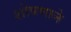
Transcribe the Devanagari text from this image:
शोषणाने